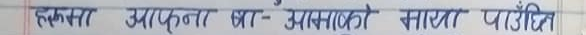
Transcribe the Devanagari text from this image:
हक्समा आफ्ना था - उस्माथिको माया पाउँदै